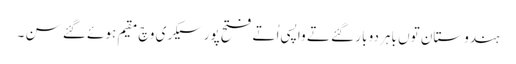
ہندوستان تو‏ں باہر دو بار گئے تے واپسی اُتے فتح پور سیکری وچ مقیم ہوئے گئے سن ۔